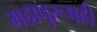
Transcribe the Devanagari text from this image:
महापुरूषही